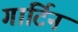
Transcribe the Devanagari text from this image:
गार्टिन